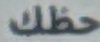
حظك